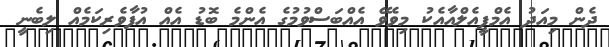
ދެން މިއަދު އެމްޕީއެލްއާއެކު މިވެވޭ އެއްބަސްވުމުގެ އެންމެ ބޮޑު އެއް އުފާވެރިކަމެއް ލިބެނީ